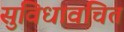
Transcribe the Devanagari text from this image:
सुविधावंचित